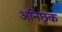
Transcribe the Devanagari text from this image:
अनिछुक